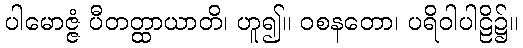
ပါမောဇ္ဇံ ပီတတ္ထာယာတိ၊ ဟူ၍။ ဝစနတော၊ ပရိဝါပါဠိ၌။